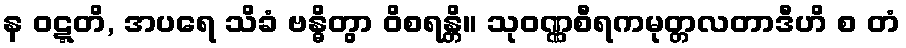
န ဝဋ္ဋတိ, အပရေ သိခံ ဗန္ဓိတွာ ဝိစရန္တိ။ သုဝဏ္ဏစီရကမုတ္တလတာဒီဟိ စ တံ